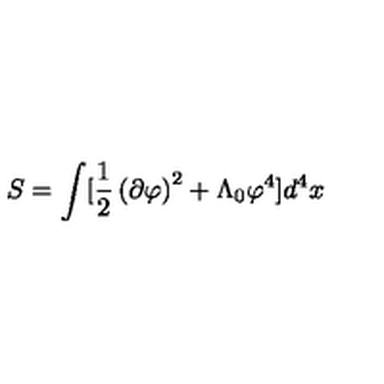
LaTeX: S = \int [ \frac { 1 } { 2 } \left( \partial \varphi \right) ^ { 2 } + \Lambda _ { 0 } \varphi ^ { 4 } ] d ^ { 4 } x